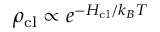
\rho _ { \mathrm { c l } } \propto e ^ { - H _ { \mathrm { c l } } / k _ { B } T }